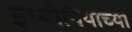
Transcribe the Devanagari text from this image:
इथ्योपियाच्या